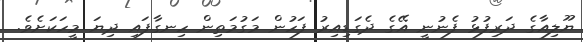
ޔޫލިއާގެ ދަރިފުޅު ފެނުނީ އޭގެ ދެގަޑިއިރު ފަހުން މަގުމަތިން ހިނގާފައި ދިޔަ މީހަކަށެވެ.